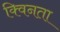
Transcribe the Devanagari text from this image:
क्विनता